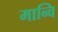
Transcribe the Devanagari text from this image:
मान्वि